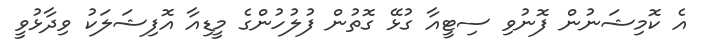
އެ ކޮމިޝަނުން ފޮނުވި ސިޓީއާ ގުޅޭ ގޮތުން ފުލުހުންގެ މީޑިއާ އޮފިޝަލަކު ވިދާޅުވީ